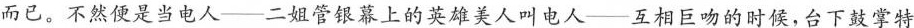
而已。不然使是当电人——二姐管银幕上的英雄美人叫电人——互相巨吻的时候，台下鼓掌特